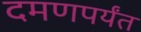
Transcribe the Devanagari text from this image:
दमणपर्यंत